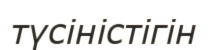
түсіністігін